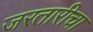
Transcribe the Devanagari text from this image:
जरतारीचा